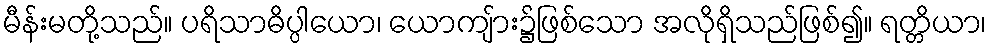
မီန်းမတို့သည်။ ပရိသာဓိပ္ပါယော၊ ယောကျ်ား၌ဖြစ်သော အလိုရှိသည်ဖြစ်၍။ ရတ္တိယာ၊